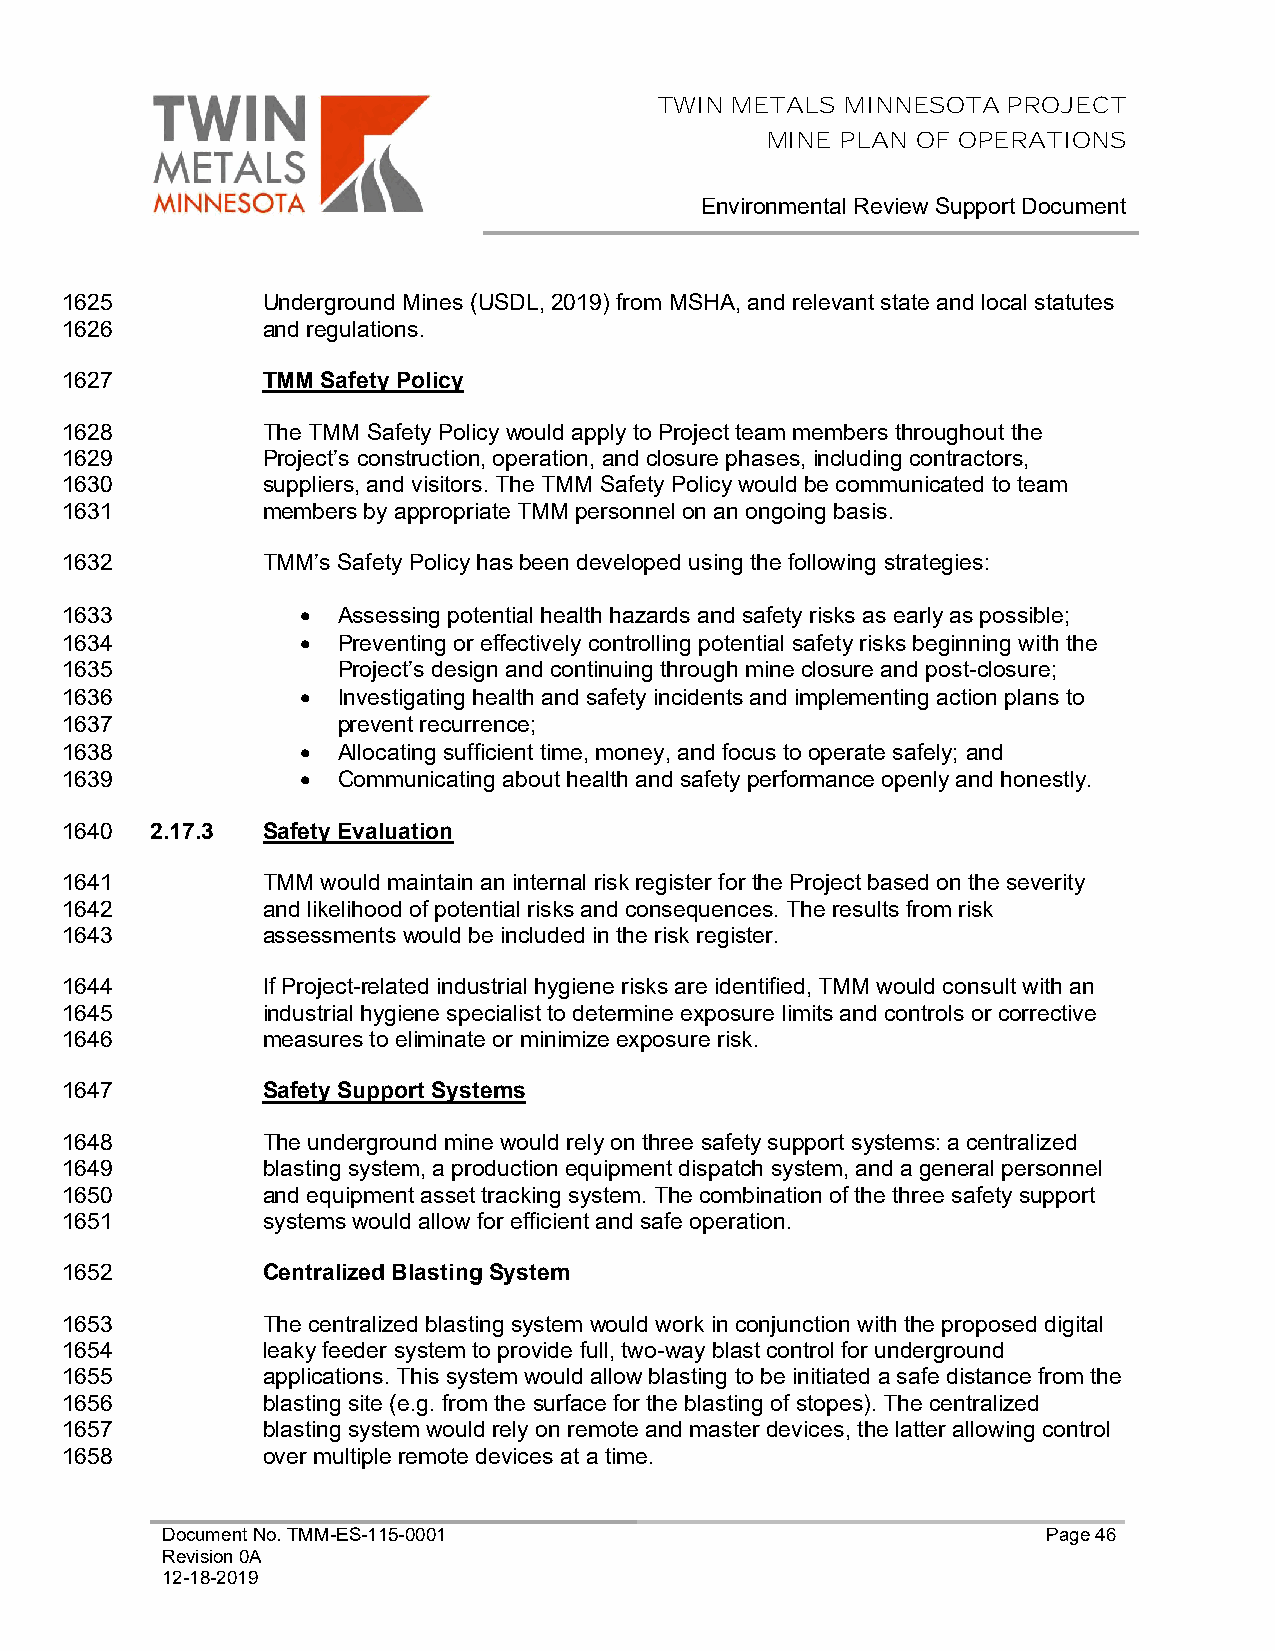
TWIN METALS MINNESOTA  PROJECT
 MINE PLAN OF OPERATIONS
 Environmental Review Support Document
 1625         Underground Mines (USDL, 2019) from MSHA, and relevant state and local statutes
 1626         and regulations.
 1627         TMM Safety Policy
 1628         The TMM Safety Policy would apply to Project team members throughout the
 1629         Project’s construction, operation, and closure phases, including contractors,
 1630         suppliers, and visitors. The TMM Safety Policy would be communicated to team
 1631         members by appropriate TMM personnel on an ongoing basis.
 1632         TMM’s Safety Policy has been developed using the following strategies:
 1633            • Assessing potential health hazards and safety risks as early as possible;
 1634            • Preventing or effectively controlling potential safety risks beginning with the
 1635              Project’s design and continuing through mine closure and post-closure;
 1636            • Investigating health and safety incidents and implementing action plans to
 1637              prevent recurrence;
 1638            • Allocating sufficient time, money, and focus to operate safely; and
 1639            • Communicating about health and safety performance openly and honestly.
 1640  2.17.3 Safety Evaluation
 1641         TMM would maintain an internal risk register for the Project based on the severity
 1642         and likelihood of potential risks and consequences. The results from risk
 1643         assessments would be included in the risk register.
 1644         If Project-related industrial hygiene risks are identified, TMM would consult with an
 1645         industrial hygiene specialist to determine exposure limits and controls or corrective
 1646         measures to eliminate or minimize exposure risk.
 1647         Safety Support Systems
 1648         The underground mine would rely on three safety support systems: a centralized
 1649         blasting system, a production equipment dispatch system, and a general personnel
 1650         and equipment asset tracking system. The combination of the three safety support
 1651         systems would allow for efficient and safe operation.
 1652         Centralized Blasting System
 1653         The centralized blasting system would work in conjunction with the proposed digital
 1654         leaky feeder system to provide full, two-way blast control for underground
 1655         applications. This system would allow blasting to be initiated a safe distance from the
 1656         blasting site (e.g. from the surface for the blasting of stopes). The centralized
 1657         blasting system would rely on remote and master devices, the latter allowing control
 1658         over multiple remote devices at a time.
 Document No. TMM-ES-115-0001                              Page 46
 Revision 0A
 12-18-2019